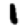
Digit: 1